Vabadussoja_Ajaloo_Komitee, lk 9
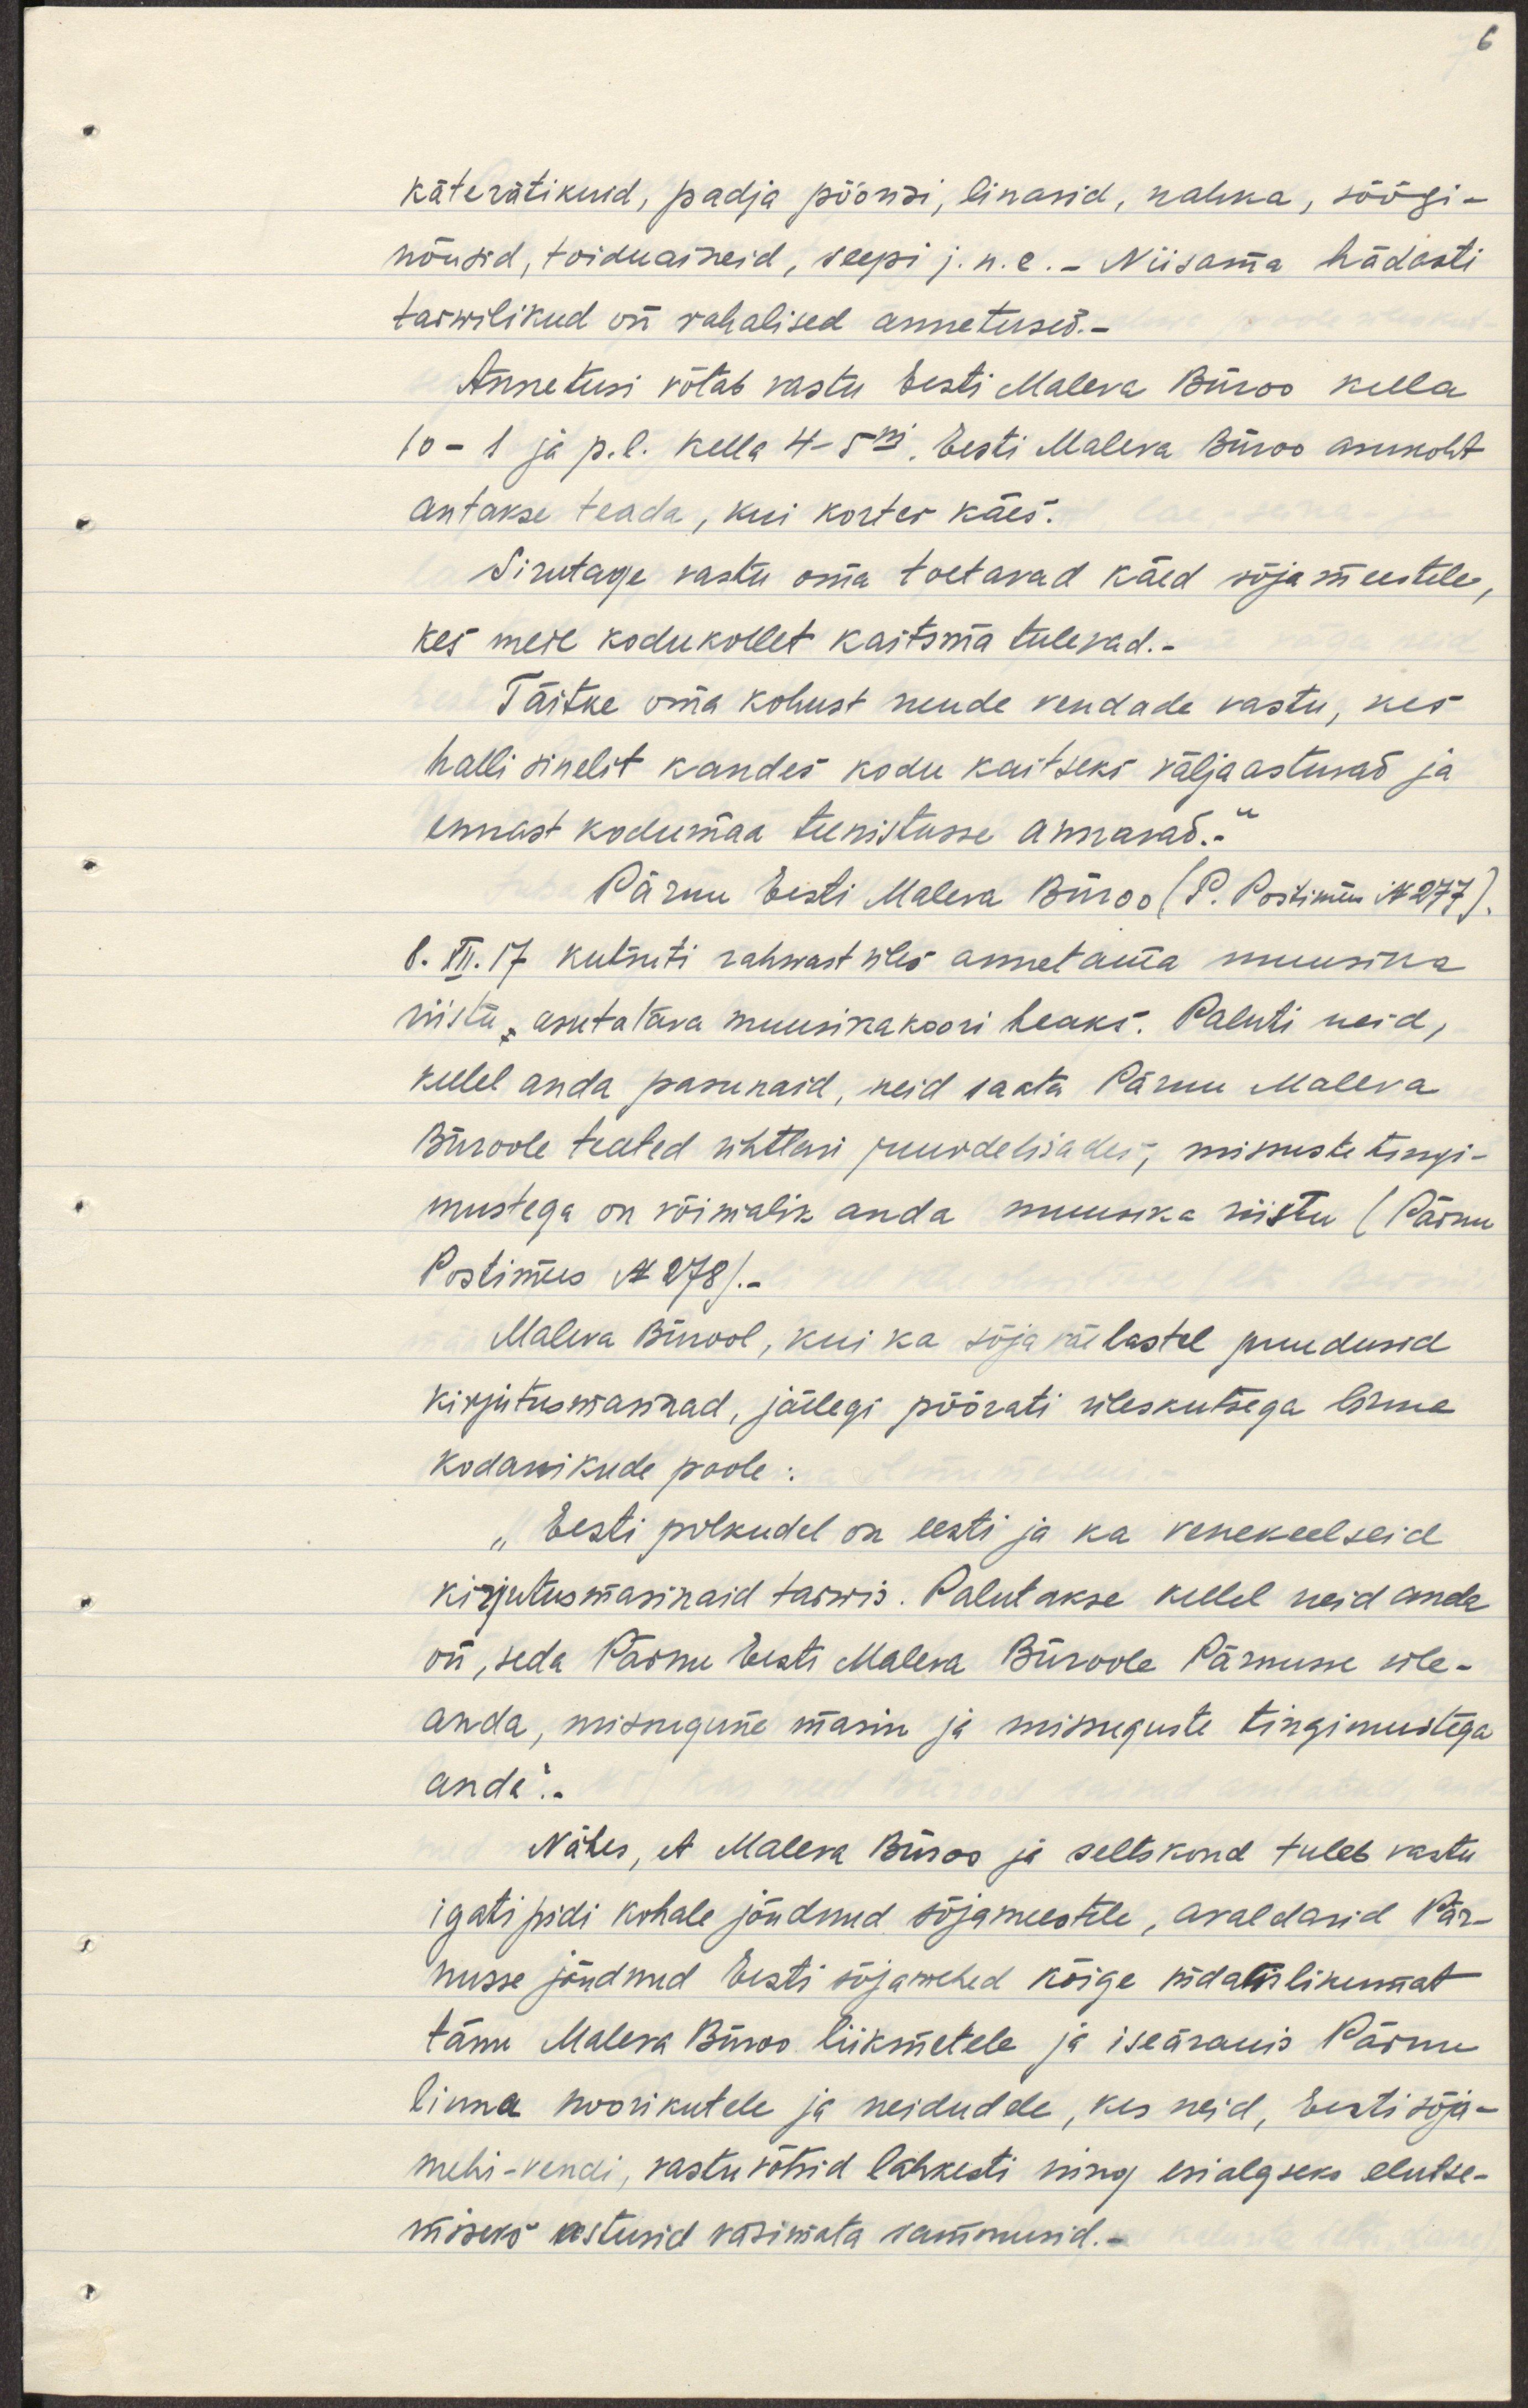
käterätikuid, padja püürisi, linasid, nahka, söögi-
nõusid, toiduaineid, seepi j.n.e. Niisama hädasti
tarwilikud on rahalised annetused.-
Annetusi võtab vastu Eesti Maleva Büroo kella
10 - 1 ja p. l. kella 4-5ni. Eesti Maleva Büroo asukoht
antakse teada, kui korter käes.
Sirutage vastu meie toetavad käed sõjameestele,
kes meie kodukollet kaitsma tulevad.
Täitke oma kohust nende vendade vastu, kes
halli sinelit kandes kodu kaitseks välja astuvad ja
ennast kodumaa teenistusse annavad."
Pärnu Eesti Maleva Büroo (P. Postimees N 277).
8. XII. 17 kutsuti rahwast üles annetama muusika
riistu, asutatava muusikakoori heaks. Paluti neid,
kellel anda pasunaid, neid saata Pärnu Maleva
Büroole teated ühtlasi juurde lisades; missuguste tingi-
mustega on võimalik anda muusika riistu (Pärnu
Postimees N 278).-.
Maleva Bürool, kui ka sõjaväelastel puudusid
kirjutusmasinad, jällegi pöörati üleskutsega linna
kodanikkude poole:
"Eesti polkudel on eesti ja ka venekeelseid
kirjutusmasinaid tarwis. Palutakse, kellel neid anda
on, seda Pärnu Eesti Maleva Büroole Pärnusse üle-
anda, missugune masin ja missuguste tingimustega
anda".
Nähes, et Maleva Büroo ja seltskond tuleb vastu
igati pidi kohale jõudnud sõjameestele, avaldasid Pär-
nusse jõudnud Eesti sõjamehed kõige südamlikumat
tänu Maleva Büroo liikmetele ja iseäranis Pärnu
linna noorikutele ja neidudele, kes neid, Eesti sõja-
mehi-vendi vastu võtsid lahkesti ning esialgseks elutse-
miseks astusid vasimata sammusid.